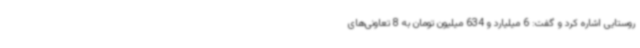
روستایی اشاره کرد و گفت: 6 میلیارد و 634 میلیون تومان به 8 تعاونی‌های